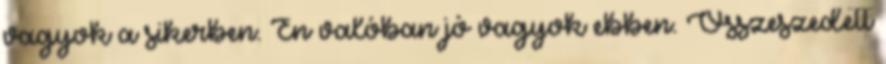
vagyok a sikerben. Én valóban jó vagyok ebben. Összeszedett